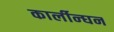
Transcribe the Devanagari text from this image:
कार्लीन्घन